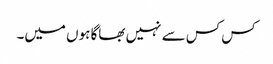
کس کس سے نہیں بھاگا ہوں میں۔